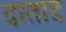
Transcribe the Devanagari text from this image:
दाताड